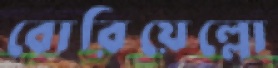
বোরিয়েল্লো